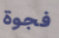
فجوة